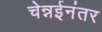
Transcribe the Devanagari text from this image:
चेन्नईनंतर